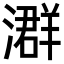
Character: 𪷧